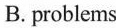
while he is growing up.